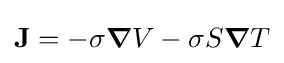
\mathbf {J} =-\sigma {\boldsymbol {\nabla }}V-\sigma S{\boldsymbol {\nabla }}T